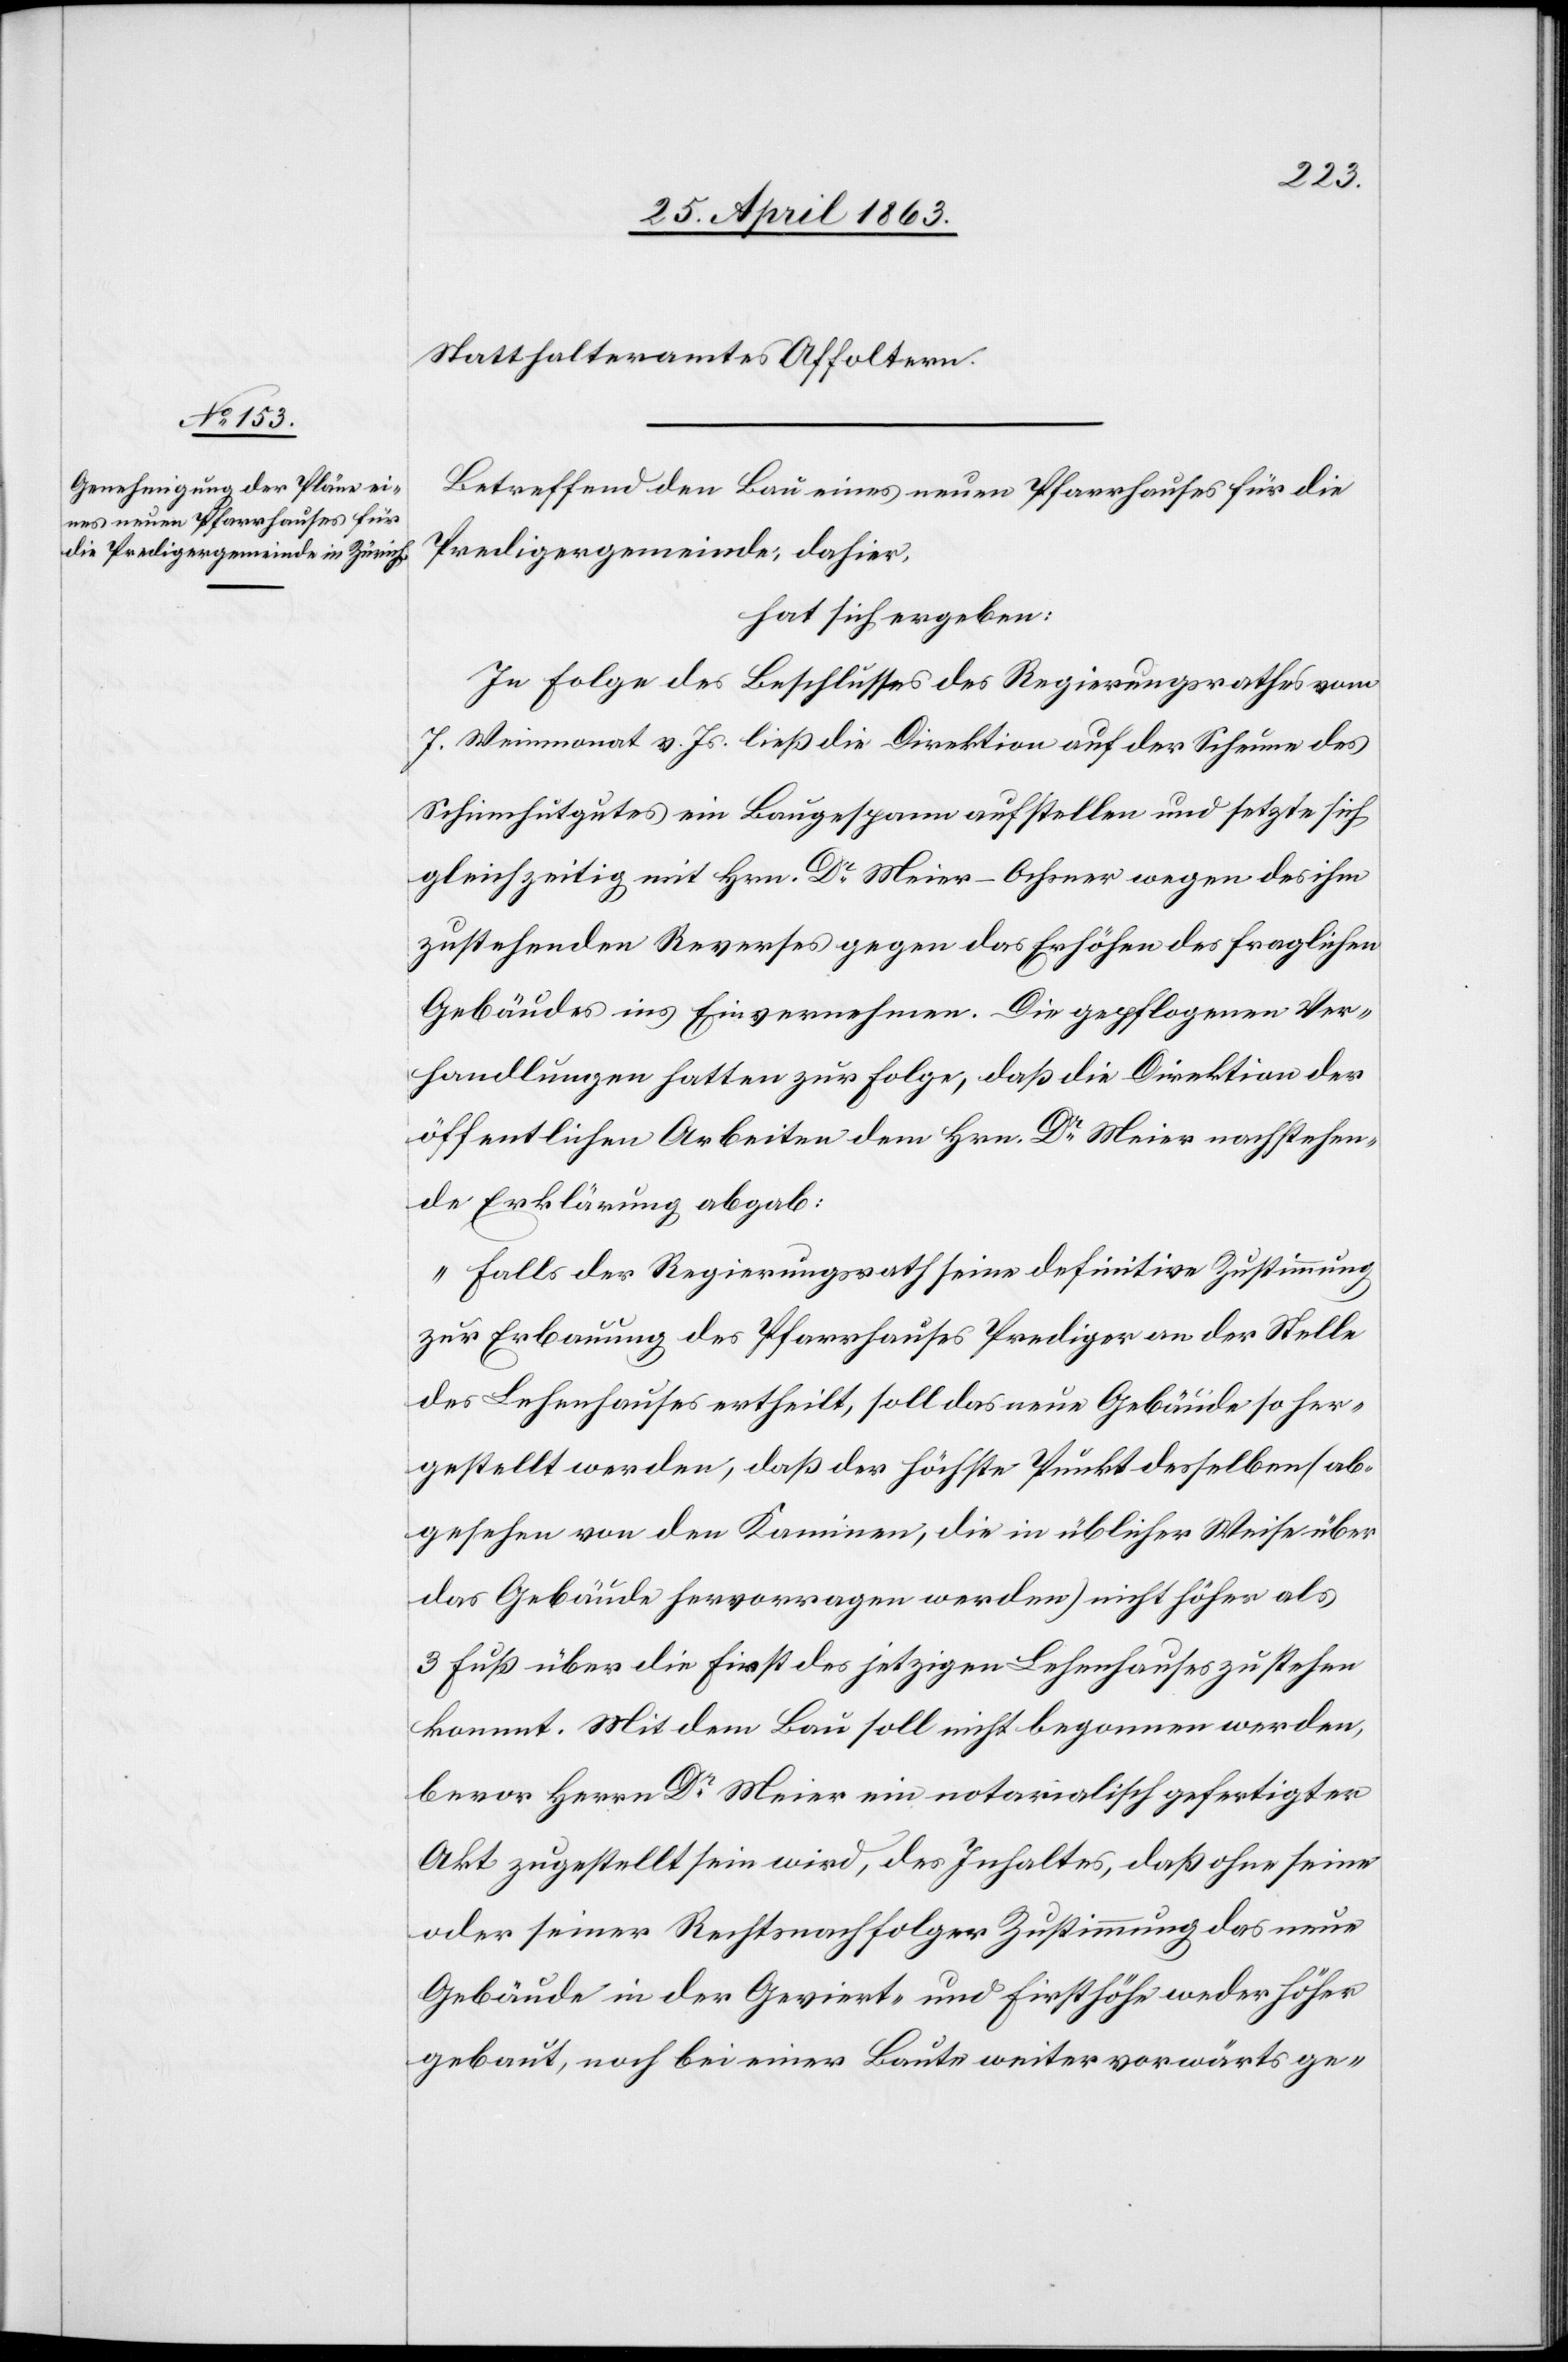
Statthalteramtes Affoltern.
Betreffend den Bau eines neuen Pfarrhauses für die
Predigergemeinde, dahier,
hat sich ergeben:
In Folge des Beschlusses des Regierungsrathes vom
7. Weinmonat v. Js. ließ die Direktion auf der Scheune des
Schinnhutgutes ein Baugespann aufstellen und setzte sich
gleichzeitig mit Hrn. Dr Meier-Ochsner wegen des ihm
zustehenden Reverses gegen das Erhöhen des fraglichen
Gebäudes ins Einvernehmen. Die gepflogenen Ver¬
handlungen hatten zur Folge, daß die Direktion der
öffentlichen Arbeiten dem Hrn. Dr Meier nachstehen¬
de Erklärung abgab:
„Falls der Regierungsrath seine definitive Zustimmung
zur Erbauung des Pfarrhauses Prediger an der Stelle
des Lehenhauses ertheilt, soll das neue Gebäude so her¬
gestellt werden, daß der höchste Punkt desselben (ab¬
gesehen von den Kaminen, die in üblicher Weise über
das Gebäude hervorragen werden) nicht höher als
3 Fuß über die First des jetzigen Lehenhauses zu stehen
kommt. Mit dem Bau soll nicht begonnen werden,
bevor Herrn Dr Meier ein notarialisch gefertigter
Akt zugestellt sein wird, des Inhaltes, daß ohne seine
oder seiner Rechtsnachfolger Zustimmung das neue
Gebäude in der Geviert- und Firsthöhe weder höher
gebaut, noch bei einer Baute weiter vorwärts ge-